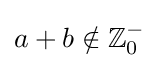
a+b\notin \mathbb {Z} _{0}^{-}